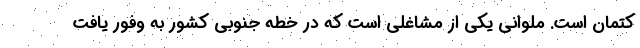
کتمان است. ملوانی یکی از مشاغلی است که در خطه جنوبی کشور به وفور یافت